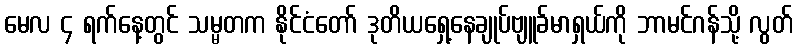
မေလ ၄ ရက်နေ့တွင် သမ္မတက နိုင်ငံတော် ဒုတိယရှေ့နေချုပ်ဗျူခ်မာရှယ်ကို ဘာမင်ဂန်သို့ လွတ်